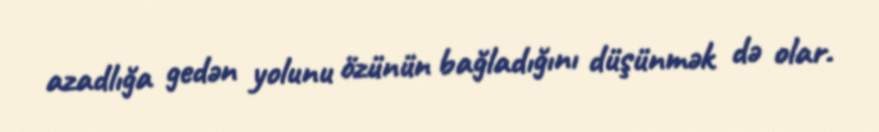
azadlığa gedən yolunu özünün bağladığını düşünmək də olar.